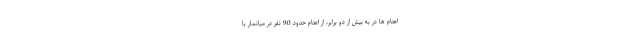
اعدام ها در به بیش از دو برابر، از اعدام حدود 90 نفر در میانمار با